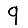
Digit: 9